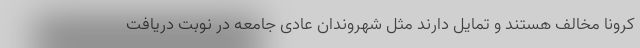
کرونا مخالف هستند و تمایل دارند مثل شهروندان عادی جامعه در نوبت دریافت